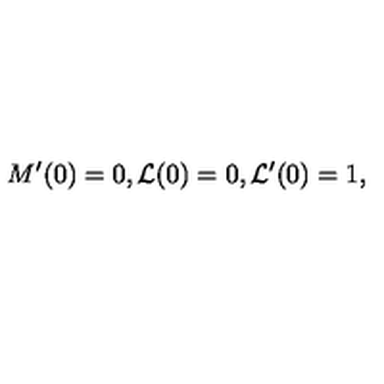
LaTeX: M ^ { \prime } ( 0 ) = 0 , { \cal L } ( 0 ) = 0 , { \cal L } ^ { \prime } ( 0 ) = 1 ,